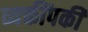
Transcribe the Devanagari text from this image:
व्यक्तींपकी